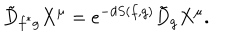
LaTeX: \tilde { D } _ { f ^ { \ast } g } X ^ { \mu } = e ^ { - d S ( f , g ) } \tilde { D } _ { g } X ^ { \mu } .